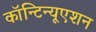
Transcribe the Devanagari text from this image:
कॉन्‍टिन्‍यूएशन